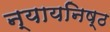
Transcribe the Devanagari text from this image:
न्यायनिष्ठ